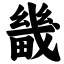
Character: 畿